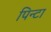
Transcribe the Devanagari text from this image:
पिन्टा